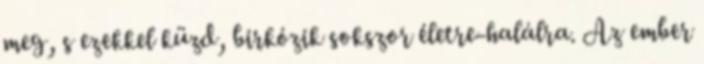
meg, s ezekkel küzd, birkózik sokszor életre-halálra. Az ember